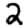
Digit: 2